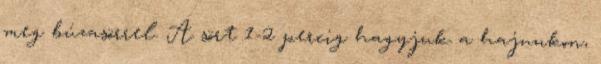
meg búzasörrel. A sört 1-2 percig hagyjuk a hajunkon,